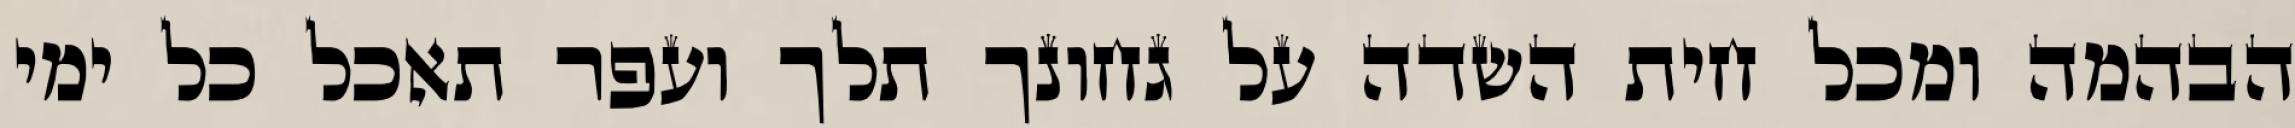
הבהמה ומכל חית השדה על גחונך תלך ועפר תאכל כל ימי